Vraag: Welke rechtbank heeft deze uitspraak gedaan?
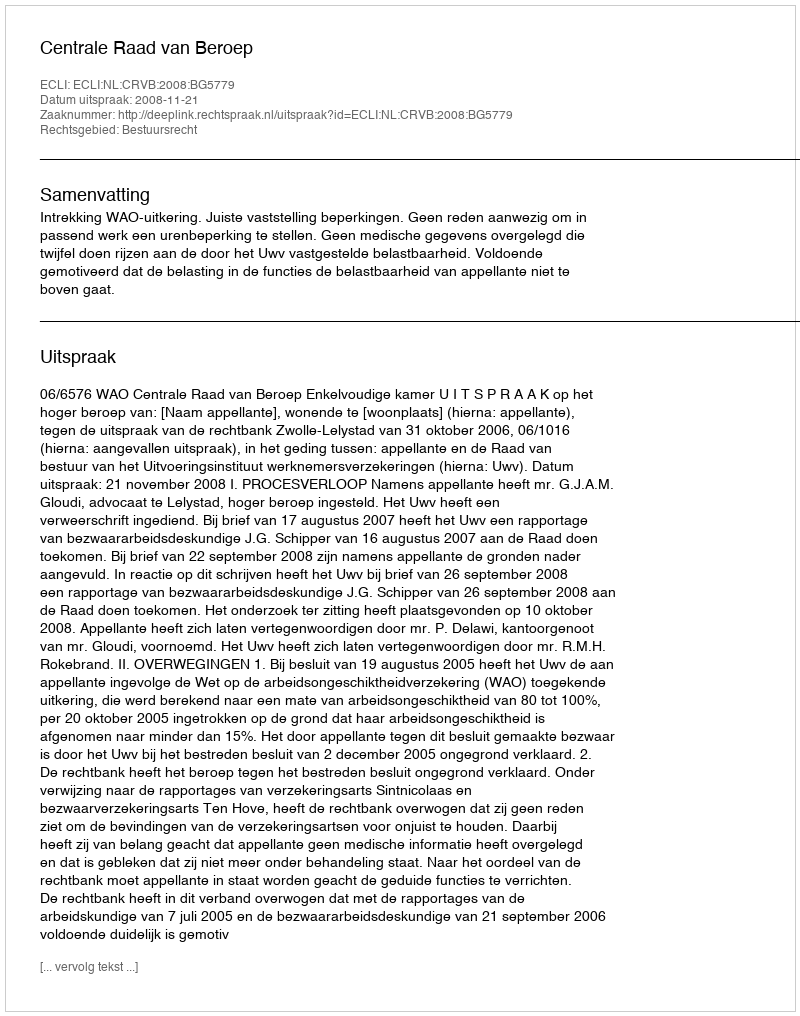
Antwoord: Centrale Raad van Beroep